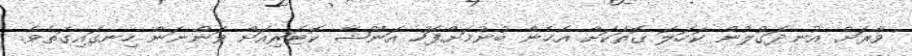
ވާރަށް އުނދަގުލުން ކަހަލަ ގޮތަކަށް އެހެން ބުނުމަށްފަހު އަނޫޝާ ކޮޓަރިއަށް ވަންނަން ހިނގައިގަތެވެ.